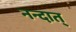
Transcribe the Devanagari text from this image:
नन्दात्